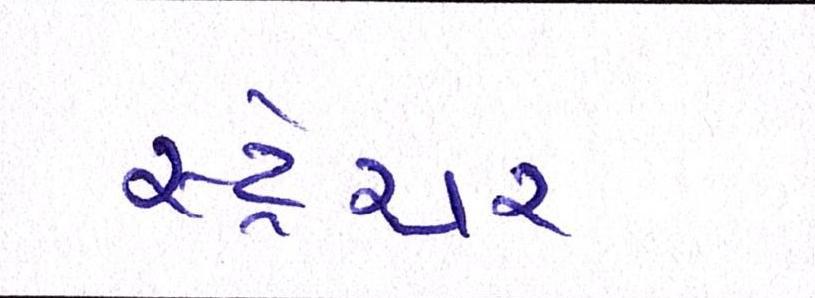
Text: સ્ટ્રેચર